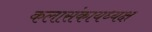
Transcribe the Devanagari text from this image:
कलासंकायध्यक्ष